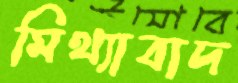
মিথ্যাবাদ